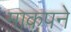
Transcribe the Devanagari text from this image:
माकपने